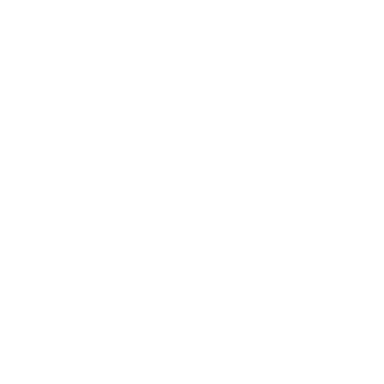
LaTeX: \fbox { J _ { a } ^ { i } L _ { i } { } ^ { k } ( f ) = O _ { a } { } ^ { b } ( f ) J _ { b } ^ { k } } ,